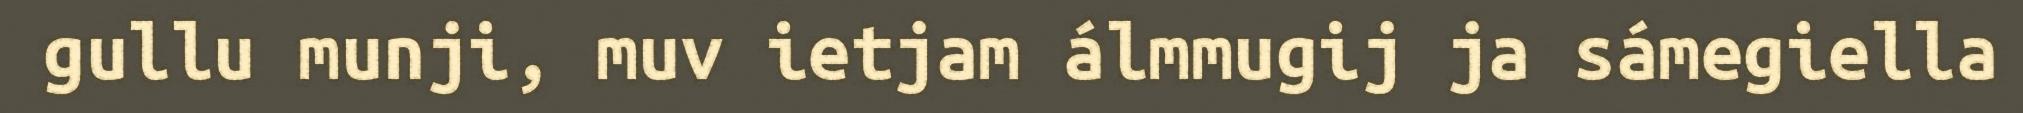
gullu munji, muv ietjam álmmugij ja sámegiella